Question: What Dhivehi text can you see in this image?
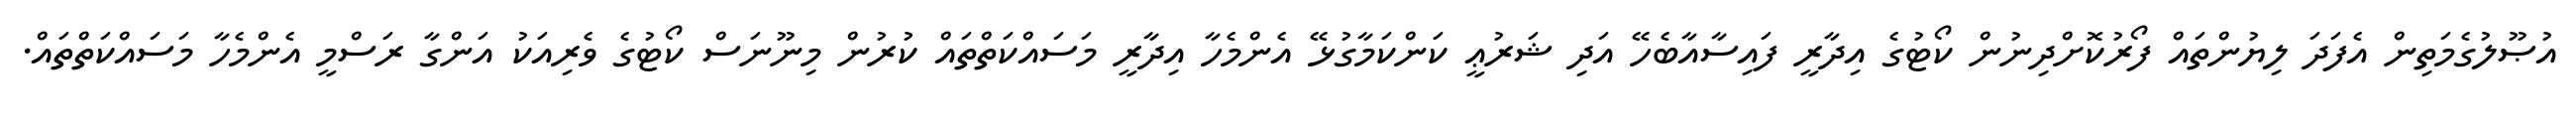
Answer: އުޞޫލުގެމަތިން އެފަދަ ލިޔުންތައް ފޯރުކޮށްދިނުން ކޯޓުގެ އިދާރީ ފައިސާއާބެހޭ އަދި ޝަރުޢީ ކަންކަމާގުޅޭ އެންމެހާ އިދާރީ މަސައްކަތްތައް ކުރުން މިނޫނަސް ކޯޓުގެ ވެރިއަކު އަންގާ ރަސްމީ އެންމެހާ މަސައްކަތްތައް.